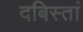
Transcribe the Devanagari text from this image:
दबिस्तां